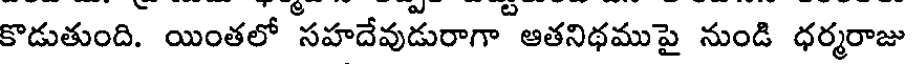
కొడుతుంది. యింతలో సహదేవుడురాగా ఆతనిథముపై నుండి ధర్మరాజు